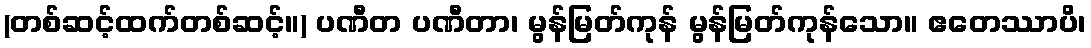
(တစ်ဆင့်ထက်တစ်ဆင့်။) ပဏီတ ပဏီတာ၊ မွန်မြတ်ကုန် မွန်မြတ်ကုန်သော။ ဧတေဿာပိ၊